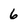
Character: 6